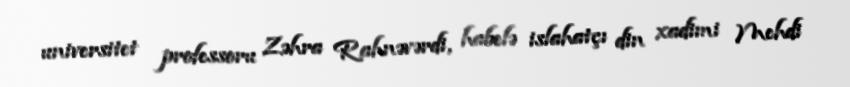
universitet professoru Zəhra Rahnəvərdi, habelə islahatçı din xadimi Mehdi